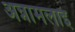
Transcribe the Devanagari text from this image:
अन्नामलाइ